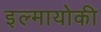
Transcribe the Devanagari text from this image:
इल्मायोकी